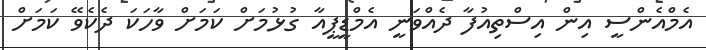
އެމްއެންސީ އިން އިސްތިއުފާ ދެއްވަނީ އެމްޑީޕީއާ ގުޅުމަށް ކަމަށް ވާހަކަ ދެކެވޭ ކަމަށް